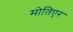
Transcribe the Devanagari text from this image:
मोतिएर